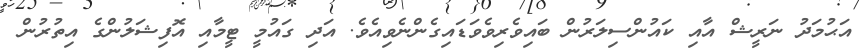
އަޙުމަދު ނަރީޝް އާއި ކައުންސިލަރުން ބައިވެރިވެވަޑައިގެންނެވިއެވެ. އަދި ގައުމީ ޓީމާއި އޮފިޝަލުންގެ އިތުރުން